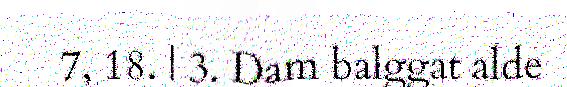
7, 18. | 3. Dam balggat alde